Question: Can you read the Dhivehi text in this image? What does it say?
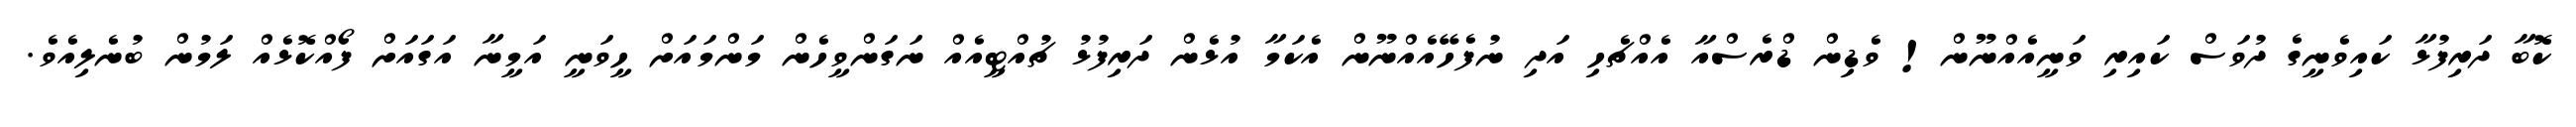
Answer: ކޮބާ ދަރިފުޅާ ކައިވެނީގެ ދުވަސް ކައިރި ވަނީއެއްނޫން! ވެޑިން ޑްރެސްއާ އެއްޗެހި އަދި ނުފެހޭއެއްނޫން އެކަމާ އުޅެން ދަރިފުޅު ޗުއްޓީއެއް ނަގަންވީހެން މަންމައަށް ހީވަނީ އަމީނާ އަގައަށް ފޯއްކޮޅެއް ލަމުން ބުނެލިއެވެ.